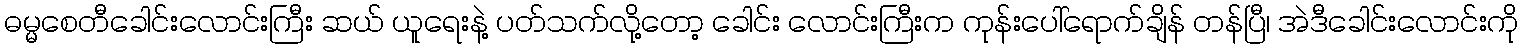
ဓမ္မစေတီခေါင်းလောင်းကြီး ဆယ် ယူရေးနဲ့ ပတ်သက်လို့တော့ ခေါင်း လောင်းကြီးက ကုန်းပေါ်ရောက်ချိန် တန်ပြီ၊ အဲဒီခေါင်းလောင်းကို